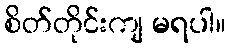
စိတ်တိုင်းကျ မရပါ။